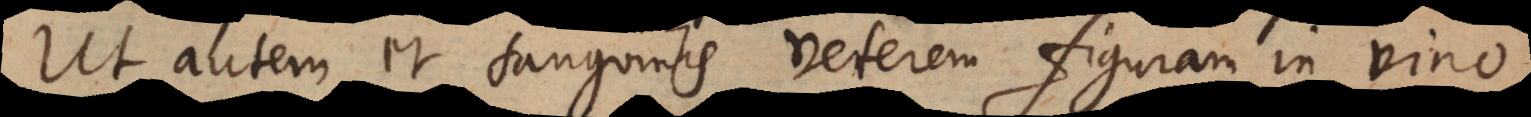
Ut autem et sanguinis veterem figuram in vino